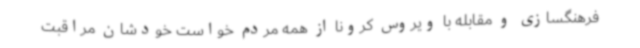
فرهنگسازی و مقابله با ویروس کرونا از همه مردم خواست خودشان مراقبت